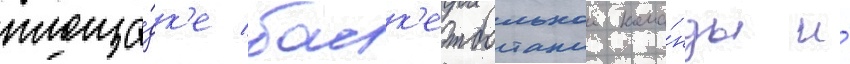
площа́дк'е баск'етбольнои кома́нды и́